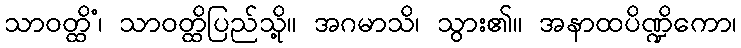
သာဝတ္ထိံ၊ သာဝတ္ထိပြည်သို့။ အဂမာသိ၊ သွား၏။ အနာထပိဏ္ဍိကော၊